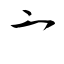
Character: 亠